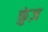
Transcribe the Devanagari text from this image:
कुंज़